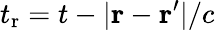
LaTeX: t_{\mathrm r}=t-|\mathbf r-\mathbf r^{\prime}|/c